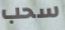
سحب